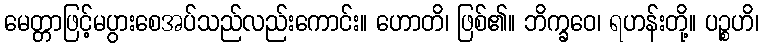
မေတ္တာဖြင့်မပွားစေအပ်သည်လည်းကောင်း။ ဟောတိ၊ ဖြစ်၏။ ဘိက္ခဝေ၊ ရဟန်းတို့။ ပဉ္စဟိ၊